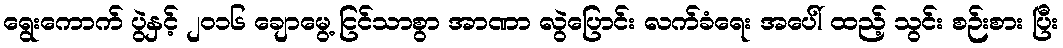
ရွေးကောက် ပွဲနှင့် ၂၀၁၆ ချောမွေ့ ငြင်သာစွာ အာဏာ လွဲပြောင်း လက်ခံရေး အပေါ် ထည့် သွင်း စဉ်းစား ပြီး